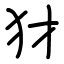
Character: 犲